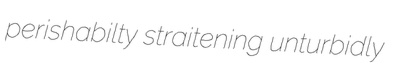
perishabilty straitening unturbidly